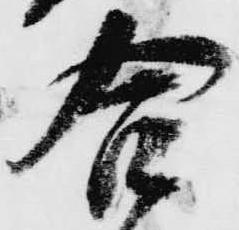
合